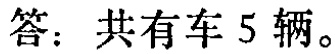
答：共有车 5 辆。